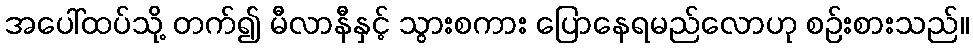
အပေါ်ထပ်သို့ တက်၍ မီလာနီနှင့် သွားစကား ပြောနေရမည်လောဟု စဉ်းစားသည်။